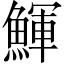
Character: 鯶